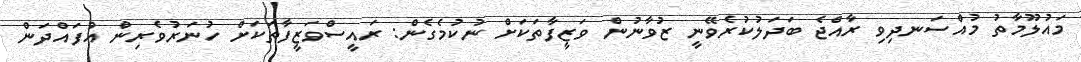
މައުލޫމާތު މުއްސަނދިވި ރާއްޖެ ބަދަލުކުރެވޭނީ ޒުވާނުން ވަޒީފާތަކަށް ނުކުމެގެން: ރައީސްވަޒީފާތަކަށް ހުނަރުވެރިން އުފައްދަން